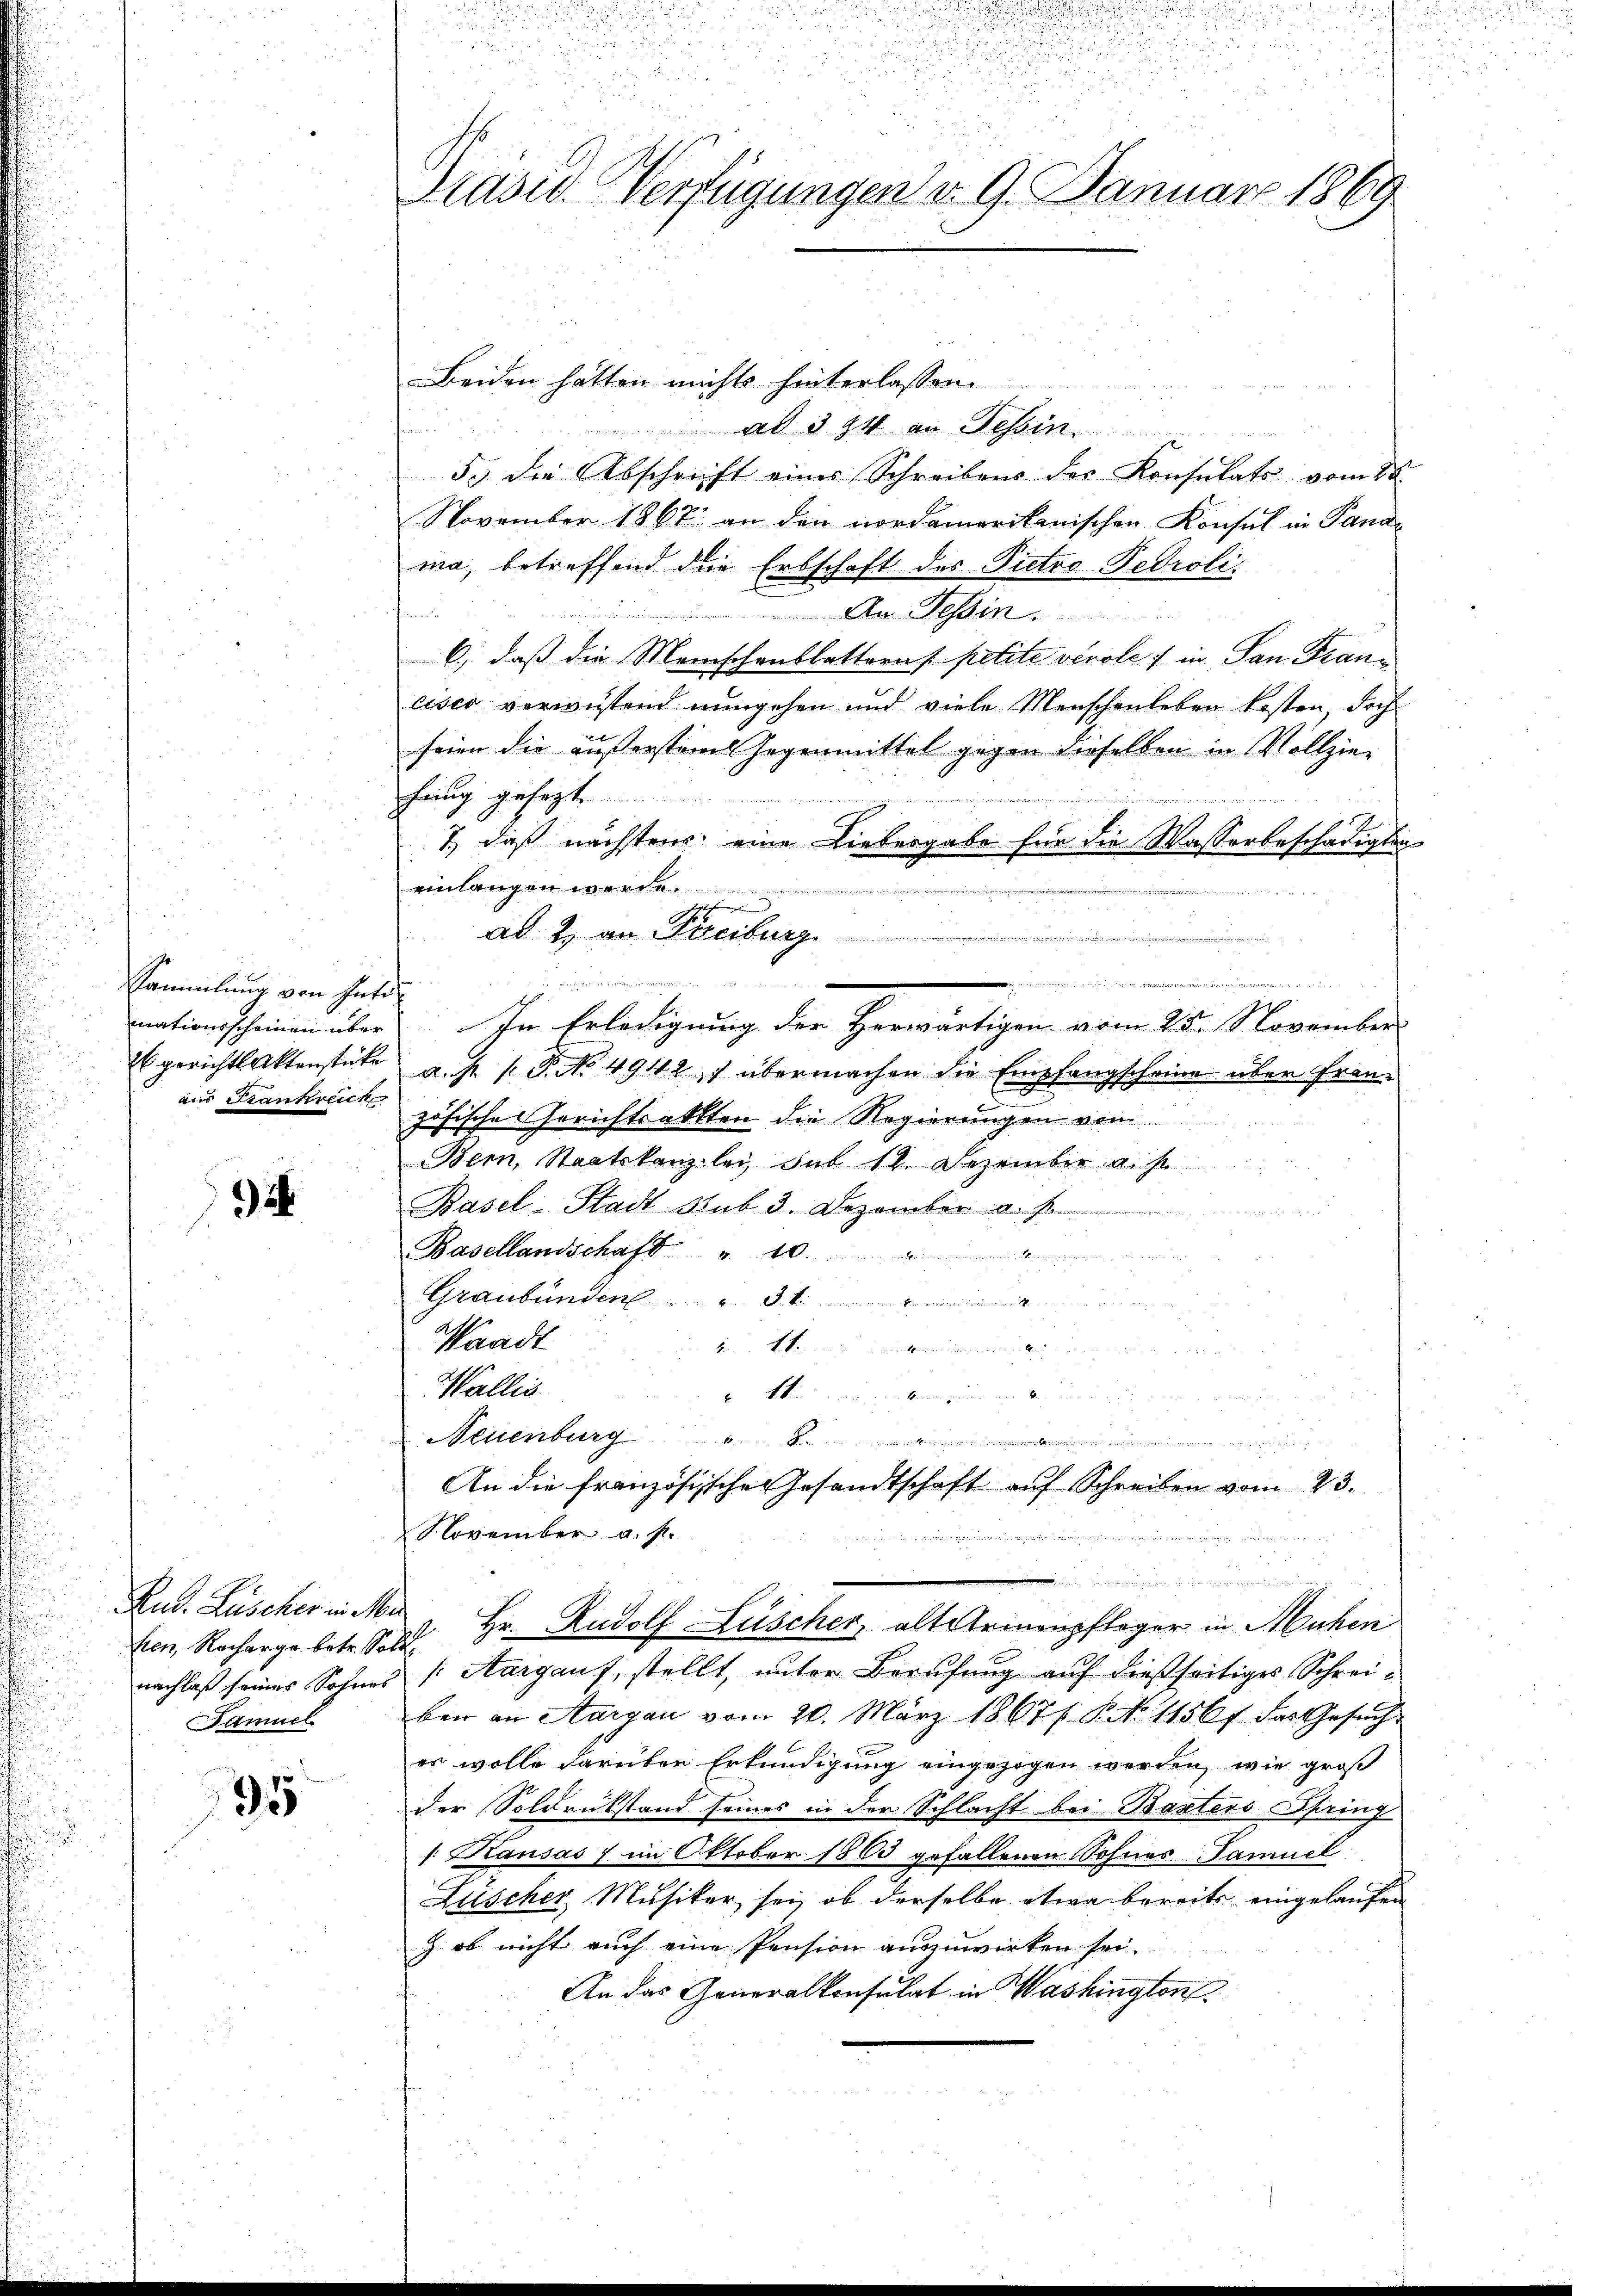
Sammlung von hatt
mationsscheinen über
Es gericht Aktenstücke
aus Stankreich

32

Rud. Lüscher in Me
fen, Recharge betr. So
nachlaß seines Sohnes
Samuel

95

i
d
d
 5
n
d
.
Präsid. Verfügungen d. 9. Januar 1869

Beiden hätten nichts hinterlassen.
ad § 94 an Tessin
53 die Abschrift eines Schreibens der Konsulats vom 28.
November 1867. an den nordamerikanischen Konsul in Panama, betreffend die Erbschaft des Pietro Pedrolis
An Tessin.
6), daß die Menschenblattern s. petite verole: in Pan Francisco verwissend nungehen und viele Menschenleben kosten, doch
seien die äußerstem Gegenmittel gegen dieselben in Vollziehung gesezt
7, daß nächstens eine Liebesgabe für die Wasserbeschädigten
einlangen wer
ad 2. an Freiburg
in mit ein der in Tende Mittag
.
7
In Erledigung der Herwärtigen vom 25. November
a. p. 1. P. No 4942) übermachen die Empfangscheine über Französische Gerichtsaktten die Regierungen von
Bern, Staatskanzlei hat 12. Dezember a. s.
Basel-Stadt Rub 3. Dezember u. s.
Basellandschaft " 10.
Graubünden St.
Waadt
.
Wallis
x Wie wie in bewegung an der
Neuenburg
An die französische Gesandtschaft aŭf Schreiben vom 23.
November a. f.

 Hr. Rudolf Lüscher, alt Armenpfleger in Mühen
A
[Aargauf, stellt, unter Berufung auf dießseitiges Schreiben an Aargau vom 20. März 18671. P. No. 11567 das Gesŭch
es wolle darüber Erkundigung eingezogen werden, wie groß
der Soldrükstand seines in der Schlacht bei Basters Spring
1. Kausas 7 im Oktober 1863 gefallenen Sohnes Tamuel
Lüscher, Musiker sei, ob derselbe etwa bereits eingelaufen
Z. ob nicht auch eine Pension auszuwirken sei.
An das Generalkonsulat in Washington

d